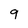
Character: 9